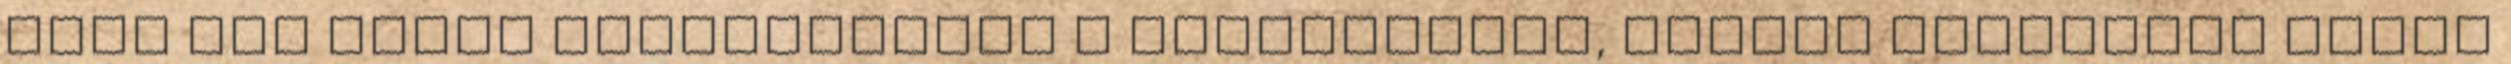
lány már előre elkészítette a fegyvereket, mintha számított volna